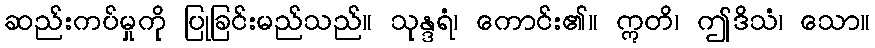
ဆည်းကပ်မှုကို ပြုခြင်းမည်သည်။ သုန္ဒရံ၊ ကောင်း၏။ ဣတိ၊ ဤဒိသံ၊ သော။